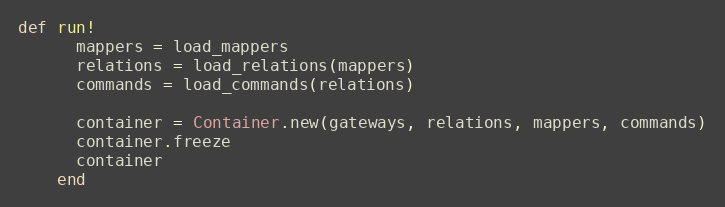
Language: Ruby
def run!
      mappers = load_mappers
      relations = load_relations(mappers)
      commands = load_commands(relations)

      container = Container.new(gateways, relations, mappers, commands)
      container.freeze
      container
    end